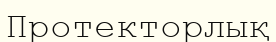
Протекторлық